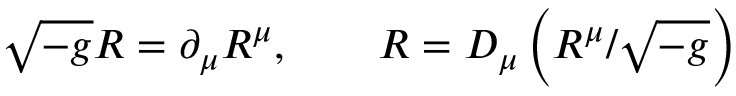
\sqrt { - g } R = \partial _ { \mu } R ^ { \mu } , \qquad R = D _ { \mu } \left( R ^ { \mu } / \sqrt { - g } \right)